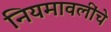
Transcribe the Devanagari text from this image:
नियमावलींचे